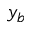
y _ { b }